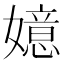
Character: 嬑